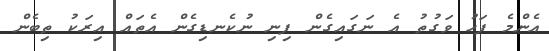
އެންމެ ފަހު ވަގުތު އެ ނަގައިގެން ފިނި ނުކެނޑިގެން އެތައް އިރަކު ތިބެން